Report of an investigation into the causes of malaria in Bombay and the measures necessary for its control
Disease focus: Malaria
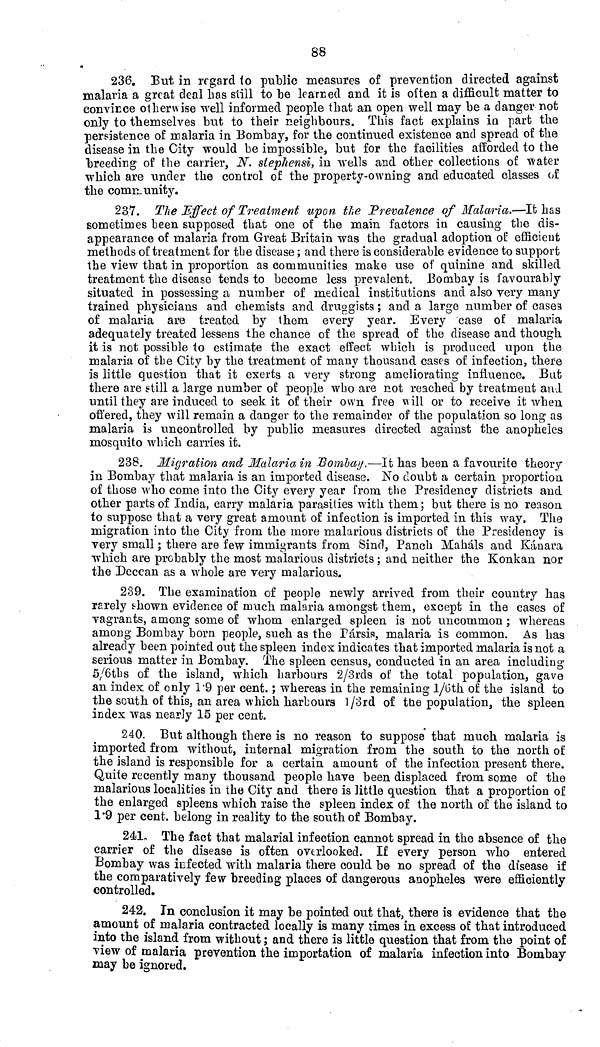
88
236. But in regard to public measures of prevention directed against
malaria a great deal has still to be learned and it is often a difficult matter to
convince otherwise well informed people that an open well may be a danger not
only to themselves but to their neighbours. This fact explains in part the
persistence of malaria in Bombay, for the continued existence and spread of the
disease in the City would be impossible, but for the facilities afforded to the
breeding of the carrier, N. slephensi, in wells and other collections of water
which are under the control of the property-owning and educated classes of
the Community.
237. The Effect of Treatment upon the Prevalence of Malaria,—It has
sometimes been supposed that one of the main factors in causing the dis-
appearance of malaria from Great Britain was the gradual adoption of efficient
methods of treatment for the disease ; and there is considerable evidence to support
the view that in proportion as communities make use of quinine and skilled
treatment the disease tends to become less prevalent. Bombay is favourably
situated in possessing a number of medical institutions and also very many
trained physicians and chemists and druggists ; and a large number of cases
of malaria are treated by them every year. Every case of malaria.
adequately treated lessens the chance of the spread of the disease and though
it is not possible to estimate the exact effect which is produced upon the
malaria of the City by the treatment of many thousand cases of infection, there
is little question that it exerts a very strong ameliorating influence. But
there are still a large number of people who are not reached by treatment and
until they are induced to seek it of their own free will or to receive it when
offered, they will remain a danger to the remainder of the population so long as
malaria is uncontrolled by public measures directed against the anopheles
mosquito which carries it.
238. Migration and Malaria in Bombay.—It has been a favourite theory
in Bombay that malaria is an imported disease. No doubt a certain proportion
of those who come into the City every year from the Presidency districts and
other parts of India, carry malaria parasites with them ; but there is no reason
to suppose that a very great amount of infection is imported in this way, The
migration into the City from the more malarious districts of the Presidency is
very small ; there are few immigrants from Sind, Panch Maháls and Kánara
which are probably the most malarious districts ; and neither the Konkan nor
the Deccan as a whole are very malarious.
239. The examination of people newly arrived from their country has
rarely shown evidence of much malaria amongst them, except in the cases of
vagrants, among some of whom enlarged spleen is not uncommon ; whereas
among Bombay born people, such as the Pársis, malaria is common. As has
already been pointed out the spleen index indicates that imported malaria is not a
serious matter in Bombay. The spleen census, conducted in an area including
5/6ths of the island, which harbours 2/3rds of the total population, gave
an index of only 1.9 per cent. ; whereas in the remaining 1/6th of the island to
the south of this, an area which harbours l/3rd of the population, the spleen
index was nearly 15 per cent.
240. But although there is no reason to suppose that much malaria is
imported from without, internal migration from the south to the north of
the island is responsible for a certain amount of the infection present there.
Quite recently many thousand people have been displaced from some of the
malarious localities in the City and there is little question that a proportion of
the enlarged spleens which raise the spleen index of the north of the island to
1.9 per cent. belong in reality to the south of Bombay.
241. The fact that malarial infection cannot spread in the absence of the
carrier of the disease is often overlooked. If every person who entered
Bombay was infected with malaria there could be no spread of the disease if
the comparatively few breeding places of dangerous anopheles were efficiently
controlled.
242. In conclusion it may be pointed out that, there is evidence that the
amount of malaria contracted locally is many times in excess of that introduced
into the island from without ; and there is little question that from the point of
view of malaria prevention the importation of malaria infection into Bombay
may be ignored.